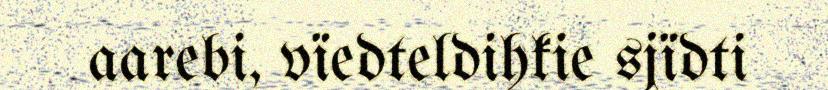
aarebi, vïedteldihkie sjïdti